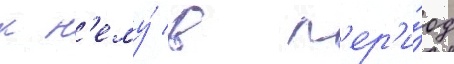
к н'ему́ в п'ер'и́од